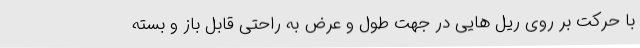
با حرکت بر روی ریل هایی در جهت طول و عرض به راحتی قابل باز و بسته